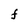
Character: F